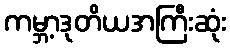
ကမ္ဘာ့ဒုတိယအကြီးဆုံး